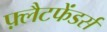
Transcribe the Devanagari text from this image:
फ़्लैटफेंडर्स